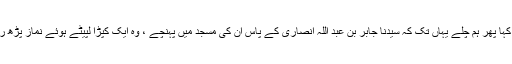
عبادہؓ نے کہا پھر ہم چلے یہاں تک کہ سیدنا جابر بن عبد اللہ انصاریؓ کے پاس ان کی مسجد میں پہنچے ، وہ ایک کپڑا لپیٹے ہوئے نماز پڑھ رہے تھے۔